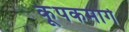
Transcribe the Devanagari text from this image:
कूपकमार्ग